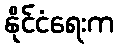
နိုင်ငံရေးက